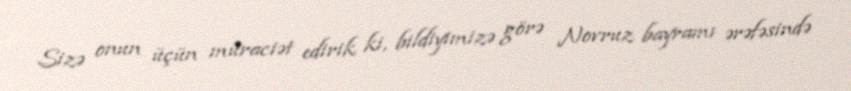
Sizə onun üçün müraciət edirik ki, bildiyimizə görə Novruz bayramı ərəfəsində